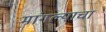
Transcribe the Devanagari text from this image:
मांगल्याचा